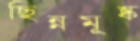
ছিন্নমূষ্ক